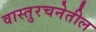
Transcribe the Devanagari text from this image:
वास्तुरचनेतील